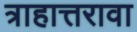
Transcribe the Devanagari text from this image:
त्राहात्तरावा